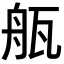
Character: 𤭂